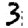
Digit: 3